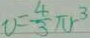
v = \frac { 4 } { 3 } \pi r ^ { 3 }